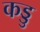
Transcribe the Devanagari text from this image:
कड्डु